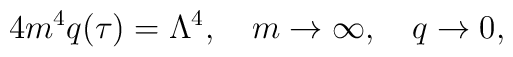
4m^4 q(\tau ) = \Lambda ^4,\quad m\rightarrow\infty ,\quad q\rightarrow 0,